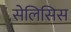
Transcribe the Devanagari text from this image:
सेलिसिस